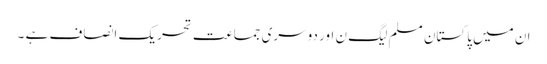
ان میں پاکستان مسلم لیگ ن اور دوسری جماعت تحریک انصاف ہے ۔